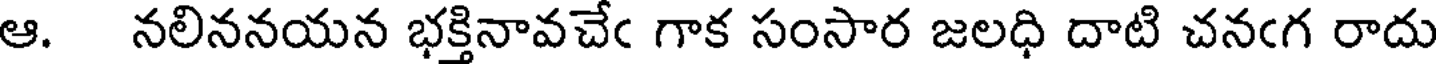
ఆ. నలిననయన భక్తినావచేఁ గాక సంసార జలధి దాటి చనఁగ రాదు